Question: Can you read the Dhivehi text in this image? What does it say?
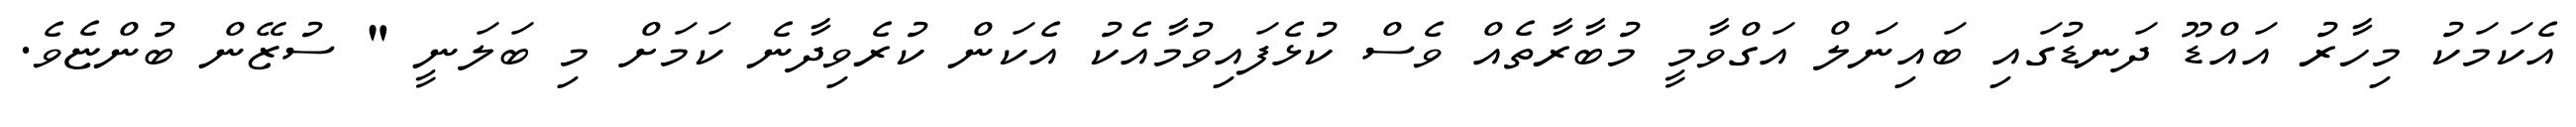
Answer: އެކަމަކު މިހާރު އައްޑޫ ދަނޑުގައި ބައިނަލް އަގްވާމީ މުބާރާތެއް ވެސް ކުޅެފައިވުމާއެކު އެކަން ކުރެވިދާނެ ކަމަށް މި ބަލަނީ " ސުޒޭން ބުންޏެވެ.